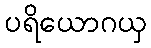
ပရိယောဂယှ